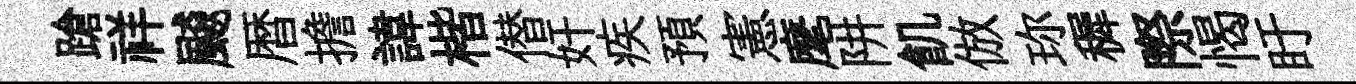
蹌祥飇暦擔諱楷僣奸疾預憲麾阱飢倣珎穉際愒盱